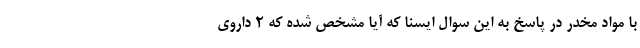
با مواد مخدر در پاسخ به این سوال ایسنا که آیا مشخص شده‌ که ۲ داروی